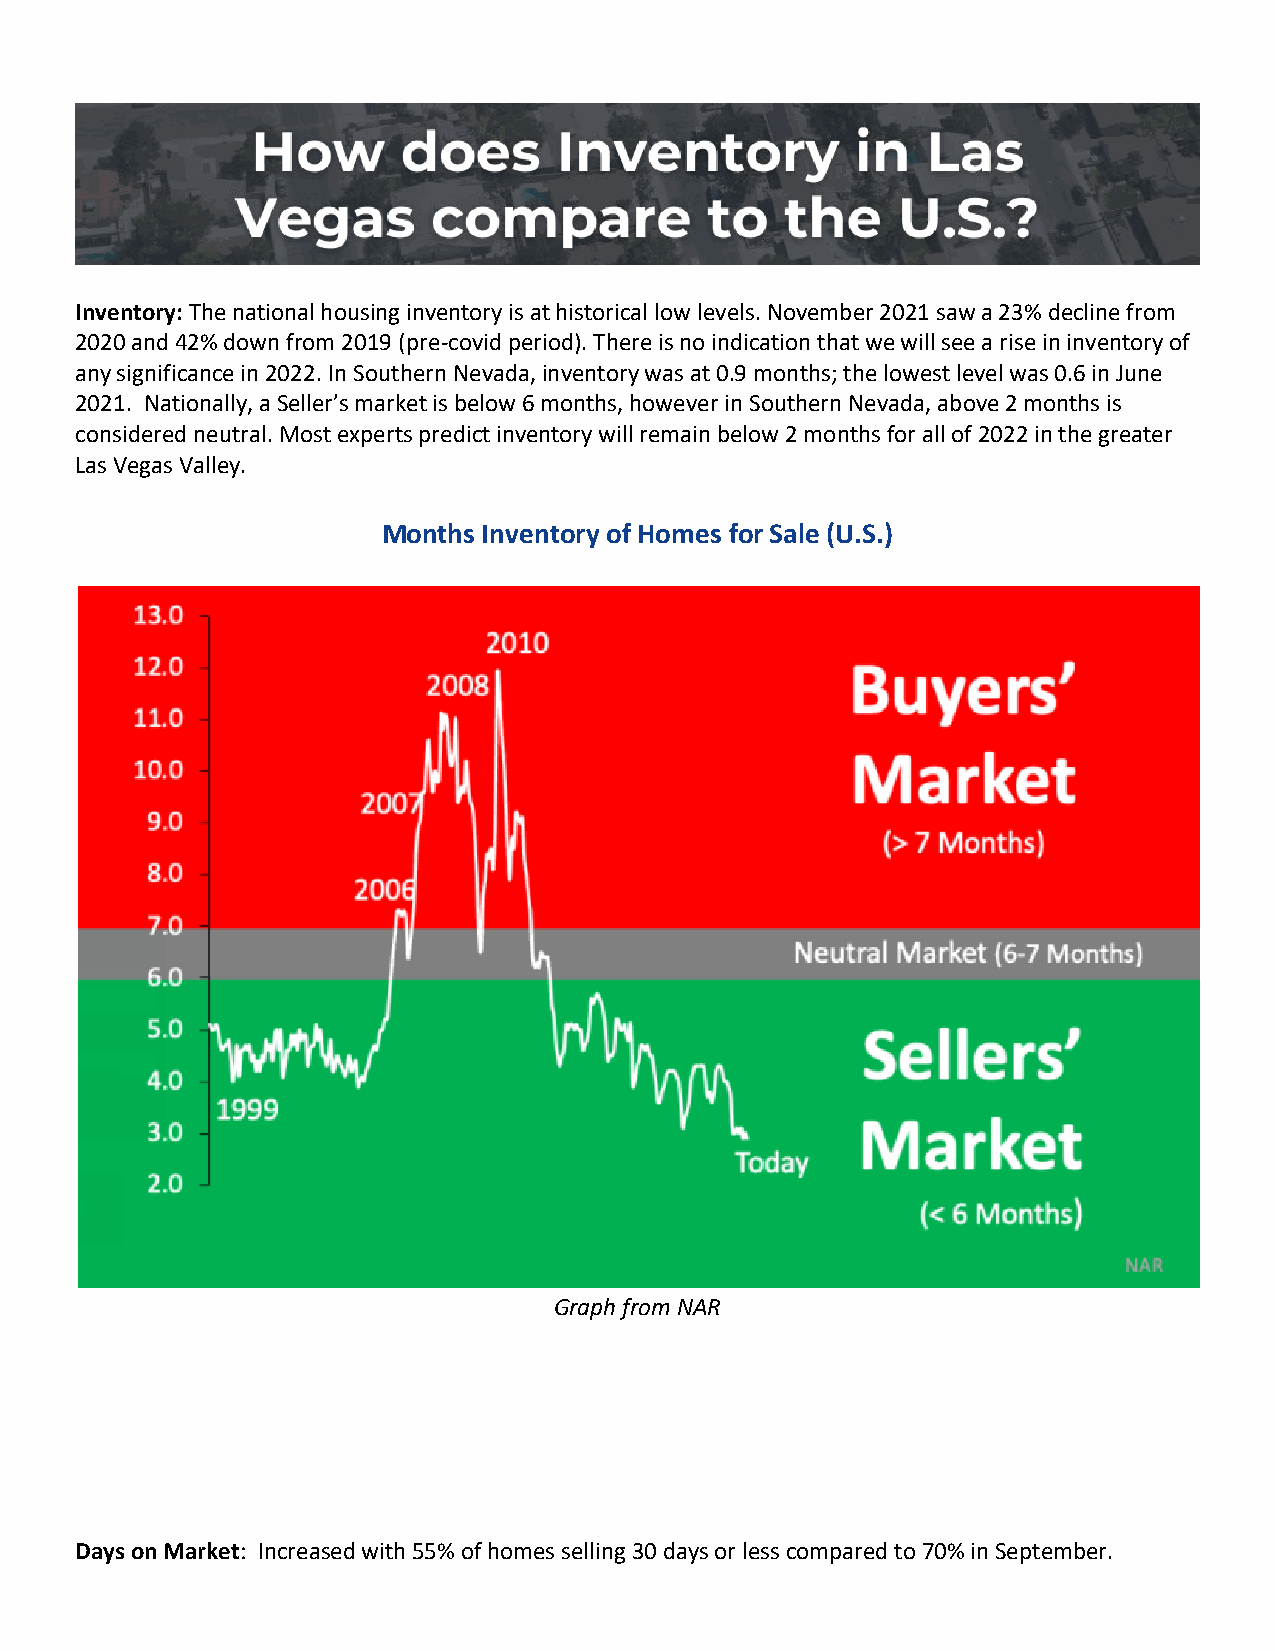
Inventory: The national housing inventory is at historical low levels. November 2021 saw a 23% decline from
 2020 and 42% down from 2019 (pre-covid period). There is no indication that we will see a rise in inventory of
 any significance in 2022. In Southern Nevada, inventory was at 0.9 months; the lowest level was 0.6 in June
 2021. Nationally, a Seller’s market is below 6 months, however in Southern Nevada, above 2 months is
 considered neutral. Most experts predict inventory will remain below 2 months for all of 2022 in the greater
 Las Vegas Valley.
 Months Inventory of Homes for Sale (U.S.)
 Graph from NAR
 Days on Market: Increased with 55% of homes selling 30 days or less compared to 70% in September.